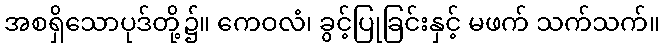
အစရှိသောပုဒ်တို့၌။ ကေဝလံ၊ ခွင့်ပြုခြင်းနှင့် မဖက် သက်သက်။